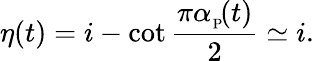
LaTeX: \eta(t)=i-\cot\frac{\pi\alpha_{_\mathrm{{P}}}\! (t)}{2}\simeq i.